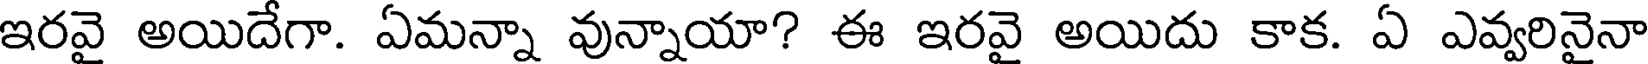
ఇరవై అయిదేగా. ఏమన్నా వున్నాయా? ఈ ఇరవై అయిదు కాక. ఏ ఎవ్వరినైనా